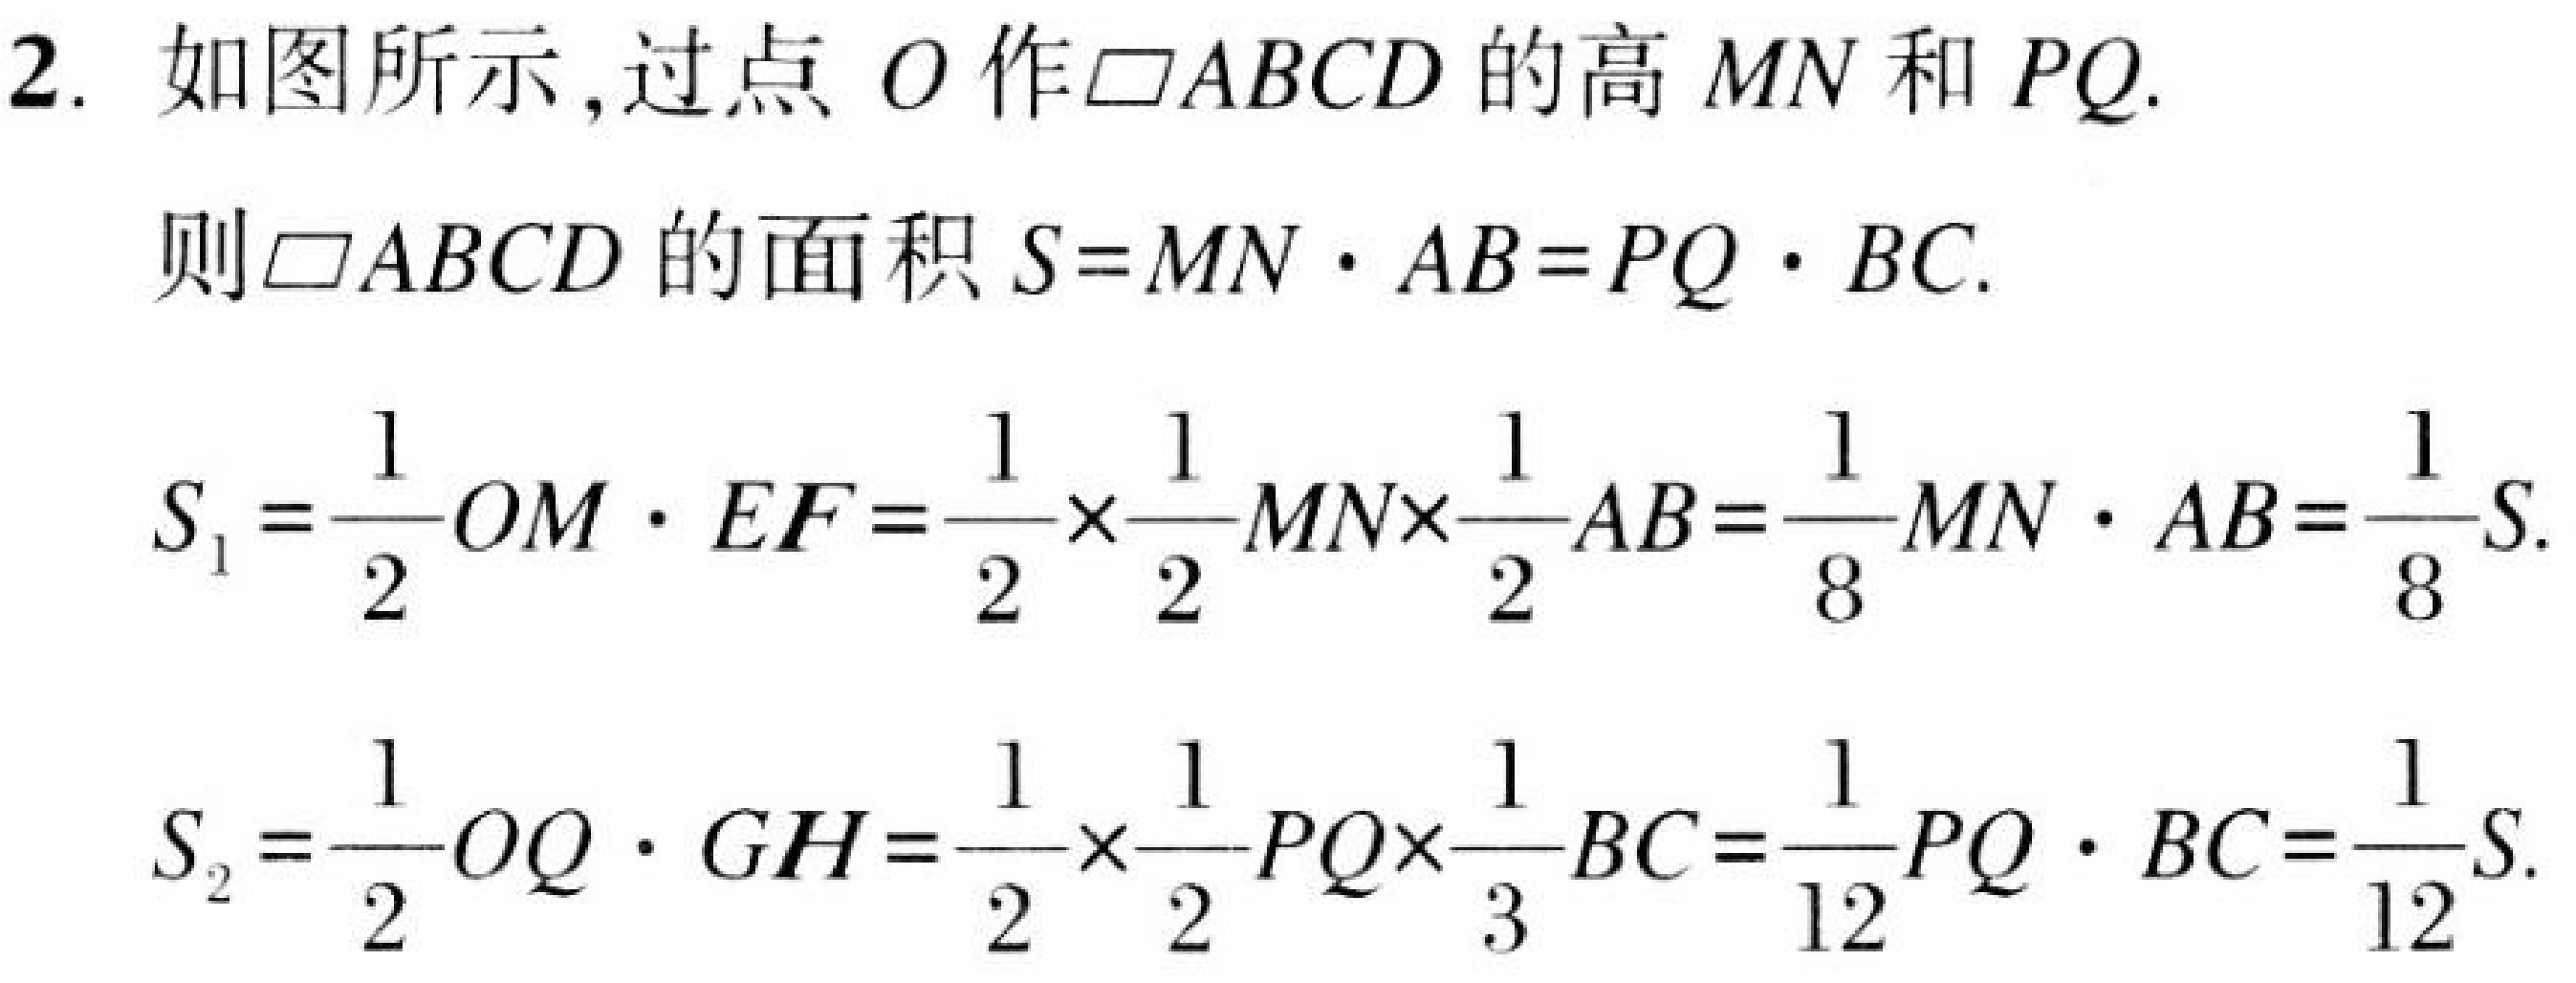
2. 如图所示,过点 \(O\) 作\(\square ABCD\)的高 \(MN\) 和 \(PQ\).
则\(\square ABCD\)的面积 \(S = MN\cdot AB=PQ\cdot BC\).
\[
S_{1}=\frac{1}{2}OM\cdot EF=\frac{1}{2}\times\frac{1}{2}MN\times\frac{1}{2}AB=\frac{1}{8}MN\cdot AB=\frac{1}{8}S.
\]
\[
S_{2}=\frac{1}{2}OQ\cdot GH=\frac{1}{2}\times\frac{1}{2}PQ\times\frac{1}{3}BC=\frac{1}{12}PQ\cdot BC=\frac{1}{12}S.
\]